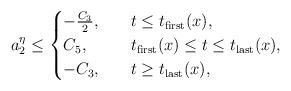
LaTeX: \begin{align*}a_{2}^{\eta}\leq\begin{cases}-\frac{C_{3}}{2},\quad& t\leq t_{\rm first}(x),\\C_{5},& t_{\rm first}(x)\leq t\leq t_{\rm last}(x),\\-C_{3},& t\geq t_{\rm last}(x),\end{cases}\end{align*}